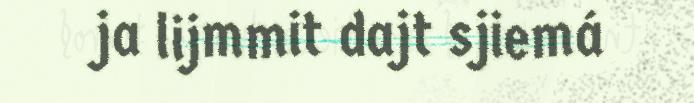
ja lijmmit dajt sjiemá